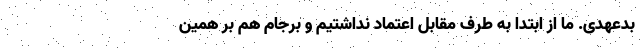
بدعهدی. ما از ابتدا به طرف مقابل اعتماد نداشتیم و برجام هم بر همین